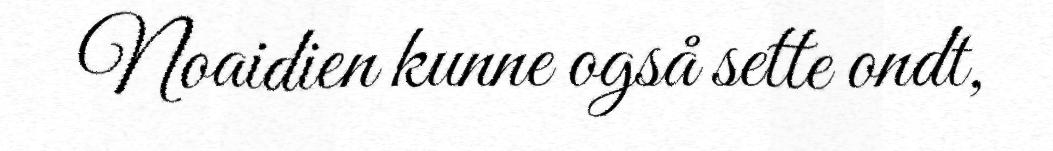
Noaidien kunne også sette ondt,